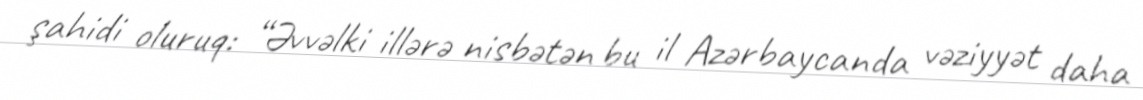
şahidi oluruq: “Əvvəlki illərə nisbətən bu il Azərbaycanda vəziyyət daha